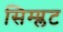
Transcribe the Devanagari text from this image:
सिम्प्लट